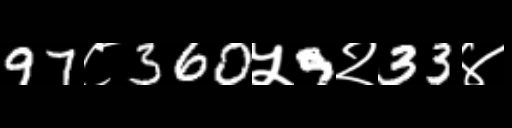
Text: 97८360५9२33४